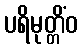
ပရိမုတ္တိံဝ